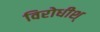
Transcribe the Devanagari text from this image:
विरोधीश्